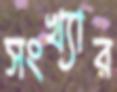
সংখ্যার